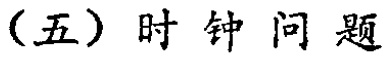
（五）时钟问题